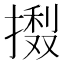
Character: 𢳽